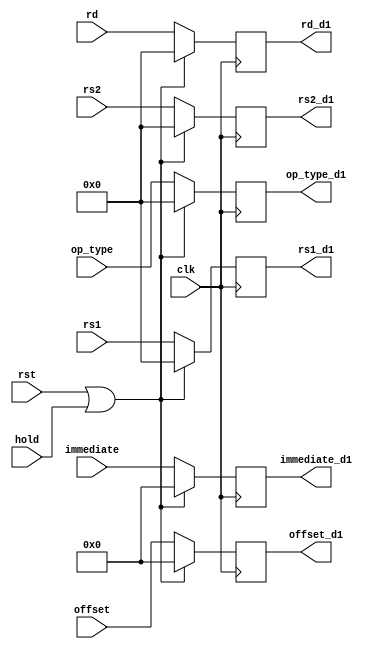
module id_exe (
    input clk,
    input rst,
    input hold,
    input wire [4:0] op_type,  // this is a rearrange of op, only for this file.
    input wire [4:0] rs1,
    input wire [4:0] rs2,
    input wire [4:0] rd,
    input wire [31:0] offset,
    input wire [31:0] immediate,
    //output
    output reg [4:0] op_type_d1,
    output reg [4:0] rs1_d1,
    output reg [4:0] rs2_d1,
    output reg [4:0] rd_d1,
    output reg [31:0] offset_d1,
    output reg [31:0] immediate_d1
);


    // delay for all param
    always @(posedge clk) begin
        if (rst || hold) begin
            op_type_d1 <= 5'd0;
            rs1_d1 <= 5'd0;
            rs2_d1 <= 5'd0;
            rd_d1 <= 5'd0;
            offset_d1 <= 32'd0;
            immediate_d1 <= 32'd0;
            // end else if (hold) begin
            //     //TODO: not sure
            //     op_type_d1 <= op_type_d1;
            //     rs1_d1 <= rs1_d1;
            //     rs2_d1 <= rs2_d1;
            //     rd_d1 <= rd_d1;
            //     offset_d1 <= offset_d1;
            //     immediate_d1 <= immediate_d1;
        end else begin
            op_type_d1 <= op_type;
            rs1_d1 <= rs1;
            rs2_d1 <= rs2;
            rd_d1 <= rd;
            offset_d1 <= offset;
            immediate_d1 <= immediate;
        end
    end

endmodule